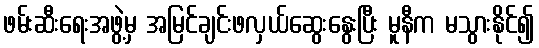
ဖမ်းဆီးရေးအဖွဲ့မှ အမြင်ချင်းဖလှယ်ဆွေးနွေးပြီး မူနီက မသွားနိုင်၍